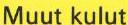
Muut kulut